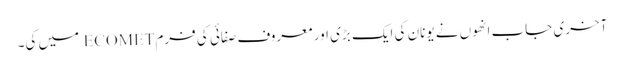
آخری جاب انھوں نے یونان کی ایک بڑی اور معروف صفائی کی فرم ECOMET میں کی۔